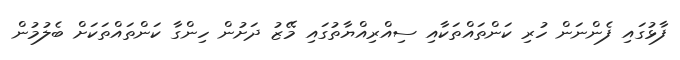
ފާޅުގައި ފެންނަން ހުރި ކަންތައްތަކާއި ސިއްރިއްޔާތުގައި މޭޒު ދަށުން ހިންގާ ކަންތައްތަކަށް ބެލުމުން